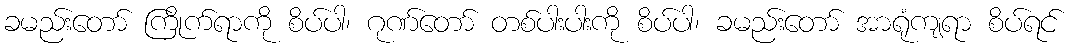
ခမည်းတော် ကြိုက်ရာကို စိပ်ပါ၊ ဂုဏ်တော် တစ်ပါးပါးကို စိပ်ပါ၊ ခမည်းတော် အာရုံကျရာ စိပ်ရင်